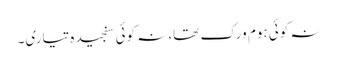
نہ کوئی ہوم ورک تھا، نہ کوئی سنجیدہ تیاری۔